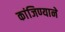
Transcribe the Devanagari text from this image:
कांजिण्याने